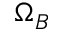
\Omega _ { B }